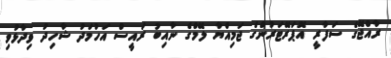
ރާއްޖޭގެ ސަފާރީ އޮޕަރޭޓަރުންގެ ޖަމިއްޔާ ލޭމްގެ ނާއިބު ރައީސް އަހުމަދު ޝާހިދު ވިދާޅުވި